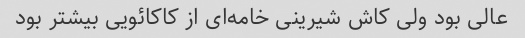
عالی بود ولی کاش شیرینی خامه‌ای از کاکائویی بیشتر بود